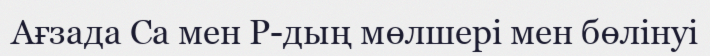
Ағзада Са мен Р-дың мөлшерi мен бөлiнуi